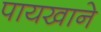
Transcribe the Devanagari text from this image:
पायखाने